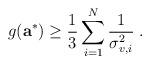
LaTeX: \begin{align*}g(\mathbf{a}^{*})\ge \frac{1}{3}\sum_{i=1}^N\frac{1}{\sigma_{v,i}^2}\;.\end{align*}